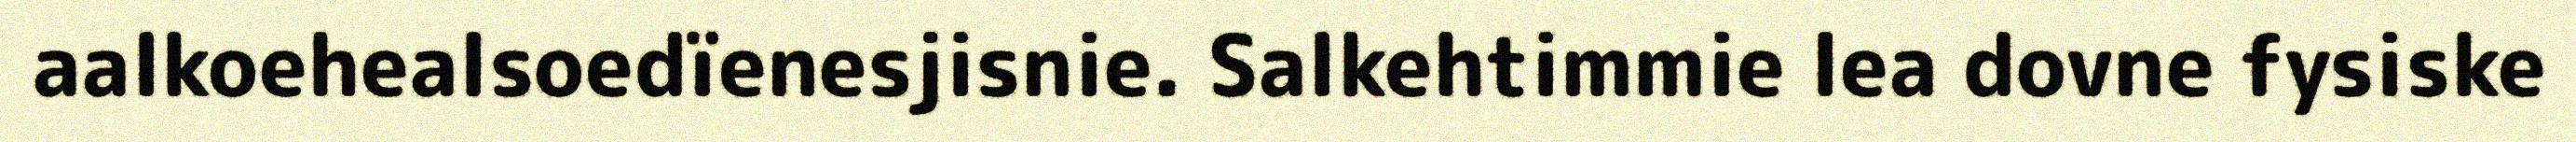
aalkoehealsoedïenesjisnie. Salkehtimmie lea dovne fysiske